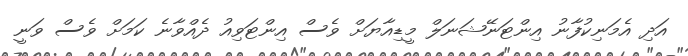
އަދި އެމަނިކުފާނު އިންޓަނޭޝަނަލް މީޑިއާޔަށް ވެސް އިންޓަވިއު ދެއްވާނެ ކަމަށް ވެސް ވަނީ